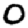
Digit: 0